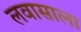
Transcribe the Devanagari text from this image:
लवासाला